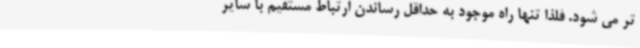
تر می شود. فلذا تنها راه موجود به حداقل رساندن ارتباط مستقیم با سایر